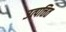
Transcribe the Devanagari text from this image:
उत्पत्तित